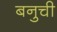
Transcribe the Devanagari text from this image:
बनुची